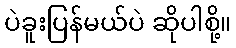
ပဲခူးပြန်မယ်ပဲ ဆိုပါစို့။